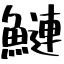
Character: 鰱